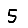
Digit: 5